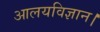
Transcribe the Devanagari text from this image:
आलयविज्ञान।